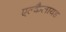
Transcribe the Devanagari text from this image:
एल्कैलायड